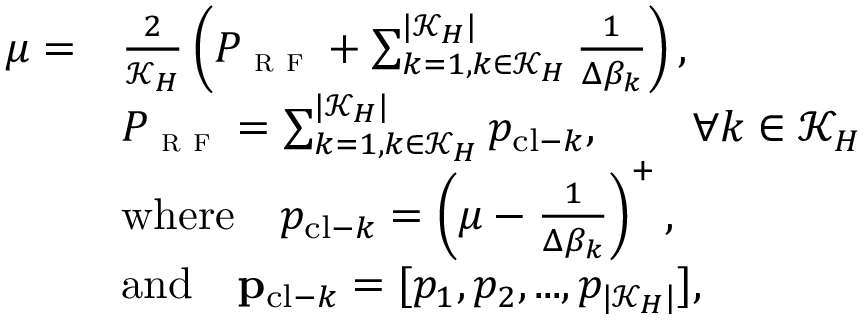
\begin{array} { r l } { \mu = } & { \frac { 2 } { \mathcal { K } _ { H } } \left( P _ { \textsc { r f } } + \sum _ { k = 1 , k \in \mathcal { K } _ { H } } ^ { | \mathcal { K } _ { H } | } \frac { 1 } { { \Delta \beta _ { k } } } \right) , } \\ & { P _ { \textsc { r f } } = \sum _ { k = 1 , k \in \mathcal { K } _ { H } } ^ { | \mathcal { K } _ { H } | } p _ { \mathrm { c l - } k } , \qquad \forall k \in \mathcal { K } _ { H } } \\ & { \mathrm { w h e r e } \quad p _ { \mathrm { c l - } k } = \left( \mu - \frac { 1 } { { \Delta \beta _ { k } } } \right) ^ { + } , } \\ & { \mathrm { a n d } \quad { \bf p } _ { \mathrm { c l - } k } = [ p _ { 1 } , p _ { 2 } , . . . , p _ { | \mathcal { K } _ { H } | } ] , } \end{array}